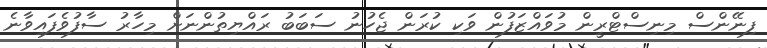
ފިނޭންސް މިނިސްޓްރީން މުވައްޒަފުން ވަކި ކުރަން ޖެހުނު ސަބަބު ރައްޔިތުންނަށް މިހާރު ސާފުވެފައިވާނެ